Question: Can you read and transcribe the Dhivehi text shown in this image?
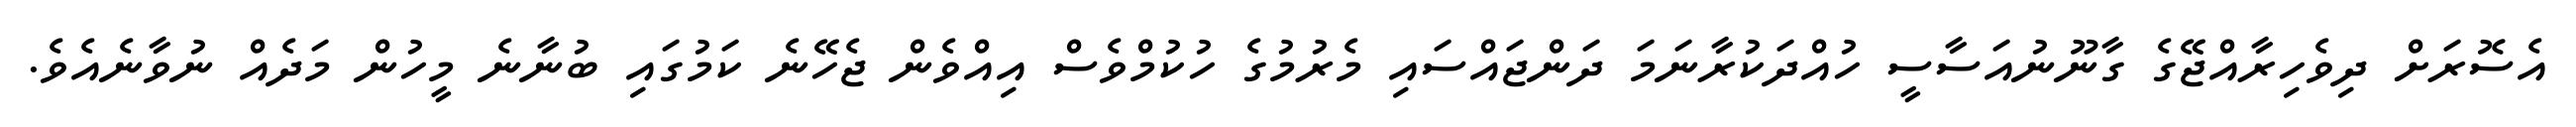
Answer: އެސޮރަށް ދިވެހިރާއްޖޭގެ ގާނޫނުއަސާސީ ހުއްދަކުރާނަމަ ދަންޖައްސައި މެރުމުގެ ހުކުމްވެސް އިއްވެން ޖެހޭނެ ކަމުގައި ބުނާނެ މީހުން މަދެއް ނުވާނެއެވެ.